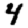
Digit: 4